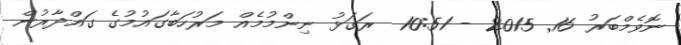
ނޮވެމްބަރު 16